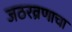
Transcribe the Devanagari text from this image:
जठरव्रणाचा